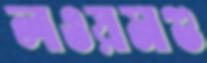
লাওয়ামাগু